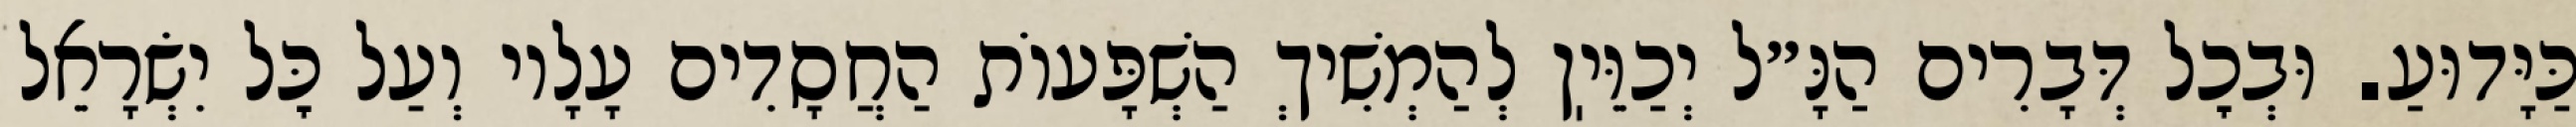
כַּיָּדוּעַ. וּבְכׇל דְּבָרִים הַנָּ״ל יְכַוֵּיֽן לְהַמְשִׁיךְ הַשְׁפָּעוֹת הַחֲסָדִים עָלָיו וְעַל כׇּל יִשְׂרָאֵל